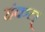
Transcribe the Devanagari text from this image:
हंकल्